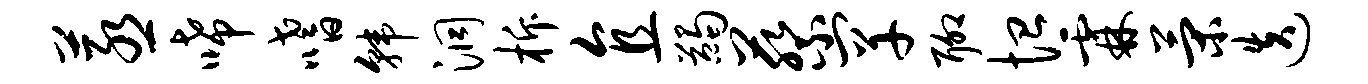
蒸唏嗜韩洞柝直蠲蔡罕聊恤霖策迭